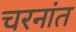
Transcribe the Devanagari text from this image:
चरनांत